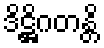
ဒိဋ္ဌိဂတန္တိ